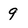
Character: 9